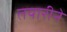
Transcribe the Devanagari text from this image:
तयारीने